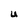
Character: U